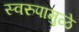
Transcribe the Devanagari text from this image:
स्वरुपामुळे